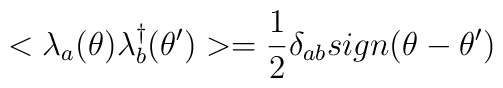
<\lambda_a(\theta)\lambda^\dag_b(\theta^\prime)>=\frac{1}{2}\delta_{ab}sign(\theta-\theta^\prime)